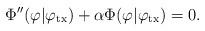
LaTeX: \begin{align*}\Phi''(\varphi|\varphi_{\rm tx})+\alpha \Phi(\varphi|\varphi_{\rm tx})=0.\end{align*}